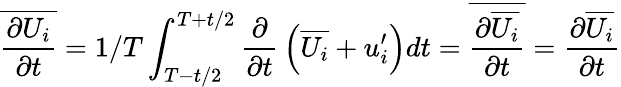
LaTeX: \overline{{\frac{\partial U_{i}}{\partial t}}}={1/T}\int_{T-t/2}^{T+t/2}{\frac{\partial}{\partial t}}\left(\overline{{U_{i}}}+u_{i}^{\prime}\right)dt=\overline{{\frac{\partial\overline{{U_{i}}}}{\partial t}}}={\frac{\partial\overline{{U_{i}}}}{\partial t}}